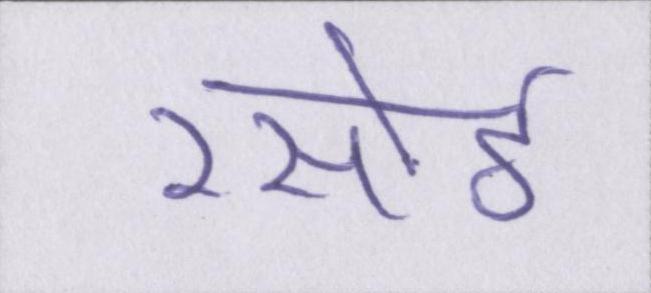
रसोई